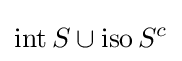
\operatorname {int} S\cup \operatorname {iso} S^{c}